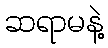
ဆရာမနဲ့